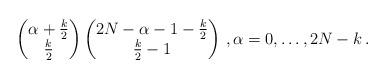
LaTeX: \begin{align*}\begin{pmatrix} \alpha + \frac k2\\ \frac k2 \end{pmatrix} \begin{pmatrix} 2N-\alpha-1- \frac k2\\ \frac k2 -1 \end{pmatrix}\,,\alpha=0,\ldots,2N-k\,.\end{align*}